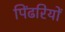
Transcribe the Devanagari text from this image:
पिंढरियों